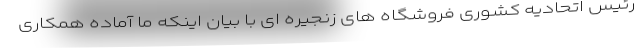
رئیس اتحادیه کشوری فروشگاه های زنجیره ای با بیان اینکه ما آماده همکاری